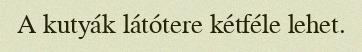
A kutyák látótere kétféle lehet.